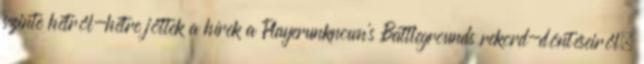
szinte hétről-hétre jöttek a hírek a Playerunknown's Battlegrounds rekord-döntéseiről,